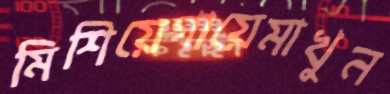
মিশিয়েগায়েমাখুন